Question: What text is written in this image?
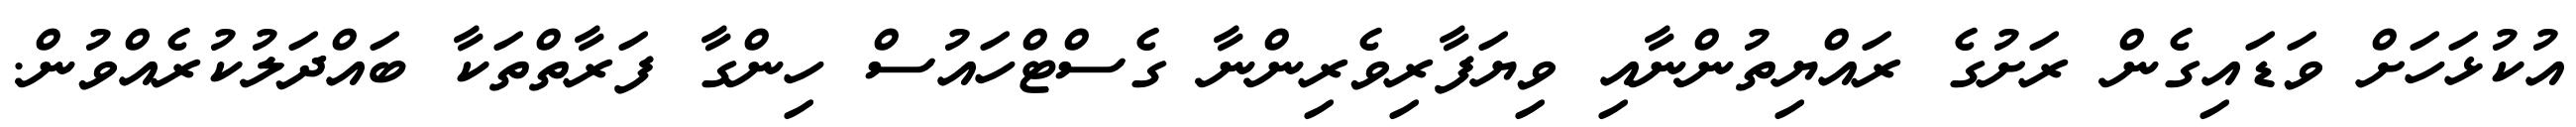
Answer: އުކުޅަހަށް ވަޑައިގެން ރަށުގެ ރައްޔިތުންނާއި ވިޔަފާރިވެރިންނާ ގެސްޓްހައުސް ހިންގާ ފަރާތްތަކާ ބައްދަލުކުރެއްވުން.